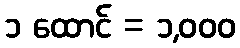
၁ ထောင် = ၁,၀၀၀